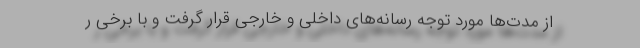
از مدت‌ها مورد توجه رسانه‌های داخلی و خارجی قرار گرفت و با برخی ر